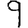
Digit: 9